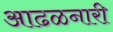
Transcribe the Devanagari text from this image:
आढळनारी